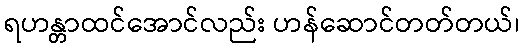
ရဟန္တာထင်အောင်လည်း ဟန်ဆောင်တတ်တယ်၊